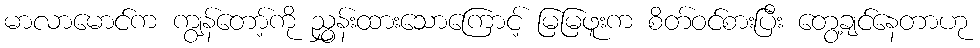
မာလာမောင်က ကျွန်တော့်ကို ညွှန်းထားသောကြောင့် မြမြဖူးက စိတ်ဝင်စားပြီး တွေ့ချင်နေတာဟု